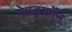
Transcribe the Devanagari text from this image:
पेण्ड्रागॉन